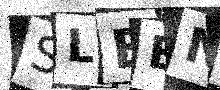
Text: SLBENH